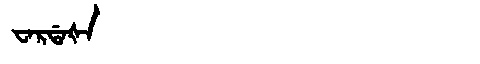
Manchu: ᠸᠠᡵᡩᠠᡧᠠ
Romanization: WARDAŠA